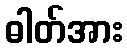
ဓါတ်အား